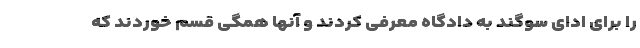
را برای ادای سوگند به دادگاه معرفی کردند و آنها همگی قسم خوردند که